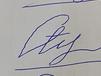
Signature authenticity: forged